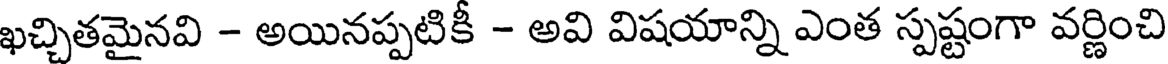
ఖచ్చితమైనవి - అయినప్పటికీ - అవి విషయాన్ని ఎంత స్పష్టంగా వర్ణించి